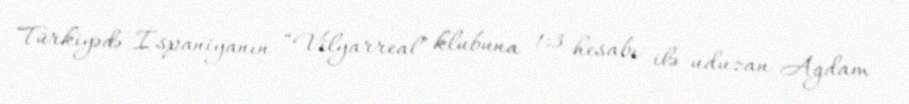
Türkiyədə İspaniyanın “Vilyarreal” klubuna 1:3 hesabı ilə uduzan Ağdam